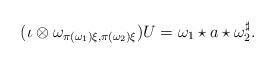
LaTeX: \begin{align*} (\iota \otimes \omega_{\pi(\omega_1)\xi,\pi(\omega_2)\xi})U = \omega_1\star a \star \omega_2^\sharp.\end{align*}